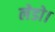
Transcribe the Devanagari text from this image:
लेडो।